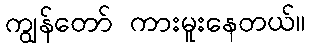
ကျွန်တော် ကားမူးနေတယ်။